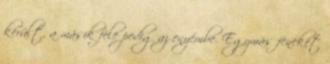
került, a másik fele pedig az enyémbe. Egymás fenekét